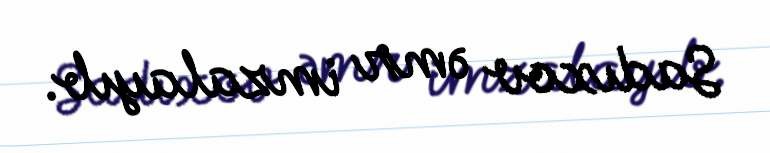
Sadıxov əmr imzalayıb.